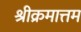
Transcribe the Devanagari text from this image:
श्रीक्रमात्तम